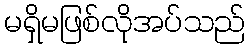
မရှိမဖြစ်လိုအပ်သည်